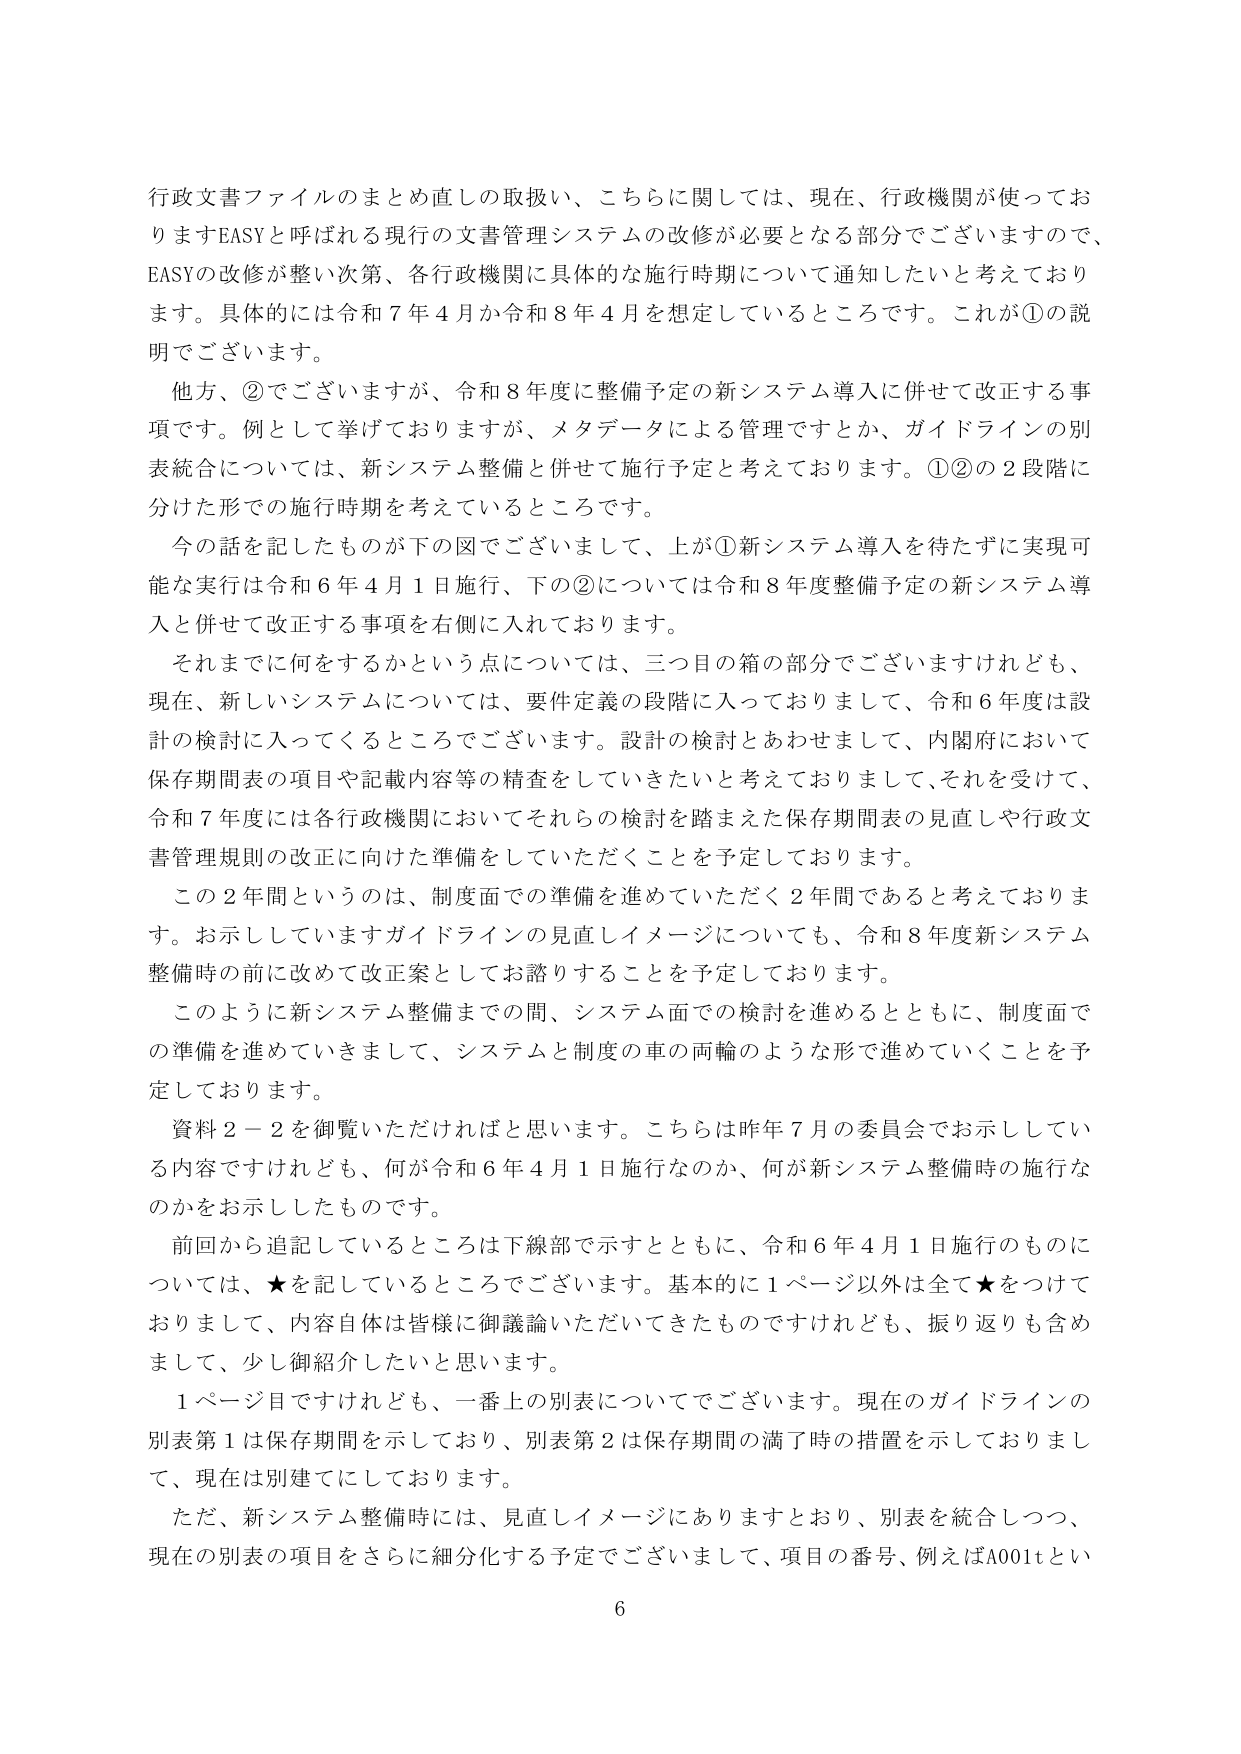
行政文書ファイルのまとめ直しの取扱い、こちらに関しては、現在、行政機関が使っておりますEASYと呼ばれる現行の文書管理システムの改修が必要となる部分でございますので、EASYの改修が整い次第、各行政機関に具体的な施行時期について通知したいと考えております。具体的には令和７年４月か令和８年４月を想定しているところでございます。これが①の説明でございます。

他方、②でございますが、令和８年度に整備予定の新システム導入に併せて改正する事項です。例として挙げておりますが、メタデータによる管理ですとか、ガイドラインの別表統合については、新システム整備と併せて施行予定と考えております。①②の２段階に分けた形での施行時期を考えているところでございます。

今の話を記したものが下の図でございまして、上が①新システム導入を待たずに実現可能な実行は令和６年４月１日施行、下の②については令和８年度整備予定の新システム導入と併せて改正する事項を右側に入れております。

それまでに何をするかという点については、三つ目の箱の部分でございますけれども、現在、新しいシステムについては、要件定義の段階に入っておりまして、令和６年度は設計の検討に入ってくるところでございます。設計の検討とあわせまして、内閣府において保存期間表の項目や記載内容等の精査をしていきたいと考えておりまして、それを受け、令和７年度には各行政機関においてそれらの検討を踏まえた保存期間表の見直しや行政文書管理規則の改正に向けた準備をしていただくことを予定しております。

この２年間というのは、制度面での準備を進めていただく２年間であると考えております。お示ししていますガイドラインの見直しイメージについても、令和８年度新システム整備時の前に改めて改正案としてお諮りすることを予定しております。

このように新システム整備までの間、システム面での検討を進めるとともに、制度面での準備を進めていきまして、システムと制度の車の両輪のような形で進めていくことを予定しております。

資料２－２を御覧いただければと思います。こちらは昨年７月の委員会でお示ししている内容ですけれども、何が令和６年４月１日施行なのか、何が新システム整備時の施行なのかをお示ししたものです。

前回から追記しているところは下線部で示すとともに、令和６年４月１日施行のものについては、★を記しているところでございます。基本的に１ページ以外は全て★をつけておりまして、内容自体は皆様に御議論いただいてきたものですけれども、振り返りも含めまして、少し御紹介したいと思います。

１ページ目ですけれども、一番上の別表についてでございます。現在のガイドラインの別表第１は保存期間を示しており、別表第２は保存期間の満了時の措置を示しておりまして、現在は別建てにしております。

ただ、新システム整備時には、見直しイメージにありますとおり、別表を統合しつつ、現在の別表の項目をさらに細分化する予定でございまして、項目の番号、例えばA001tとい

6